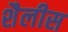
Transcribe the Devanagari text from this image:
शैलीस